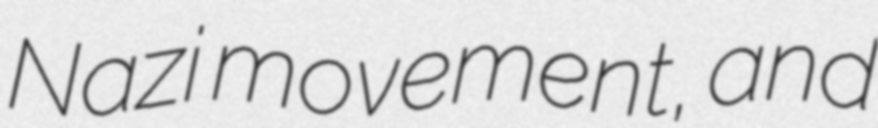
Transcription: Nazi movement, and